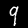
Label: 9